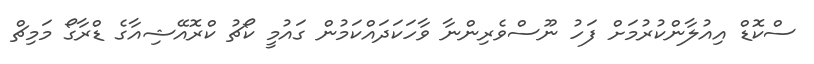
ސްކޮޑް އިއުލާންކުރުމަށް ފަހު ނޫސްވެރިންނާ ވާހަކަދައްކަމުން ގައުމީ ކޯޗު ކްރޮއޭޝިއާގެ ޑްރާގޯ މަމިޗް